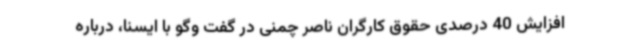
افزایش 40 درصدی حقوق کارگران ناصر چمنی در گفت وگو با ایسنا، درباره